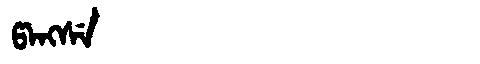
Manchu: ᡦᠠᠩᠰᡝ
Romanization: PANGSE